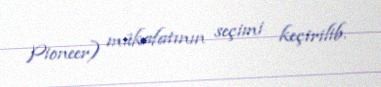
Pioneer) mükafatının seçimi keçirilib.